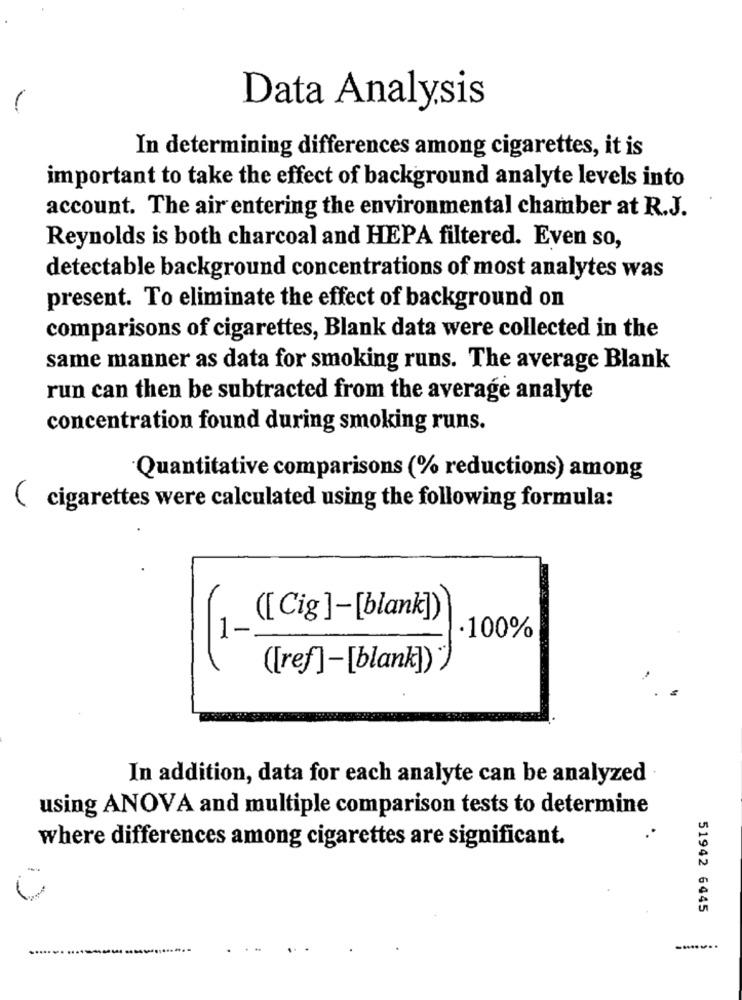
Data Analysis
In determining differences among cigarettes, it is
important to take the effect of background analyte levels into
account. The air entering the environmental chamber at R.J.
Reynolds is both charcoal and HEPA filtered. Even so,
detectable background concentrations of most analytes was
present. To eliminate the effect of background on
comparisons of cigarettes, Blank data were collected in the
same manner as data for smoking runs. The average Blank
run can then be subtracted from the average analyte
concentration found during smoking runs.
Quantitative comparisons (% reductions) among
( cigarettes were calculated using the following formula:
([ Cig ]-[blank])
1
·100%
([ref]-[blank])
In addition, data for each analyte can be analyzed
using ANOVA and multiple comparison tests to determine
where differences among cigarettes are significant.
1
51942 6445
....... ........... ..........